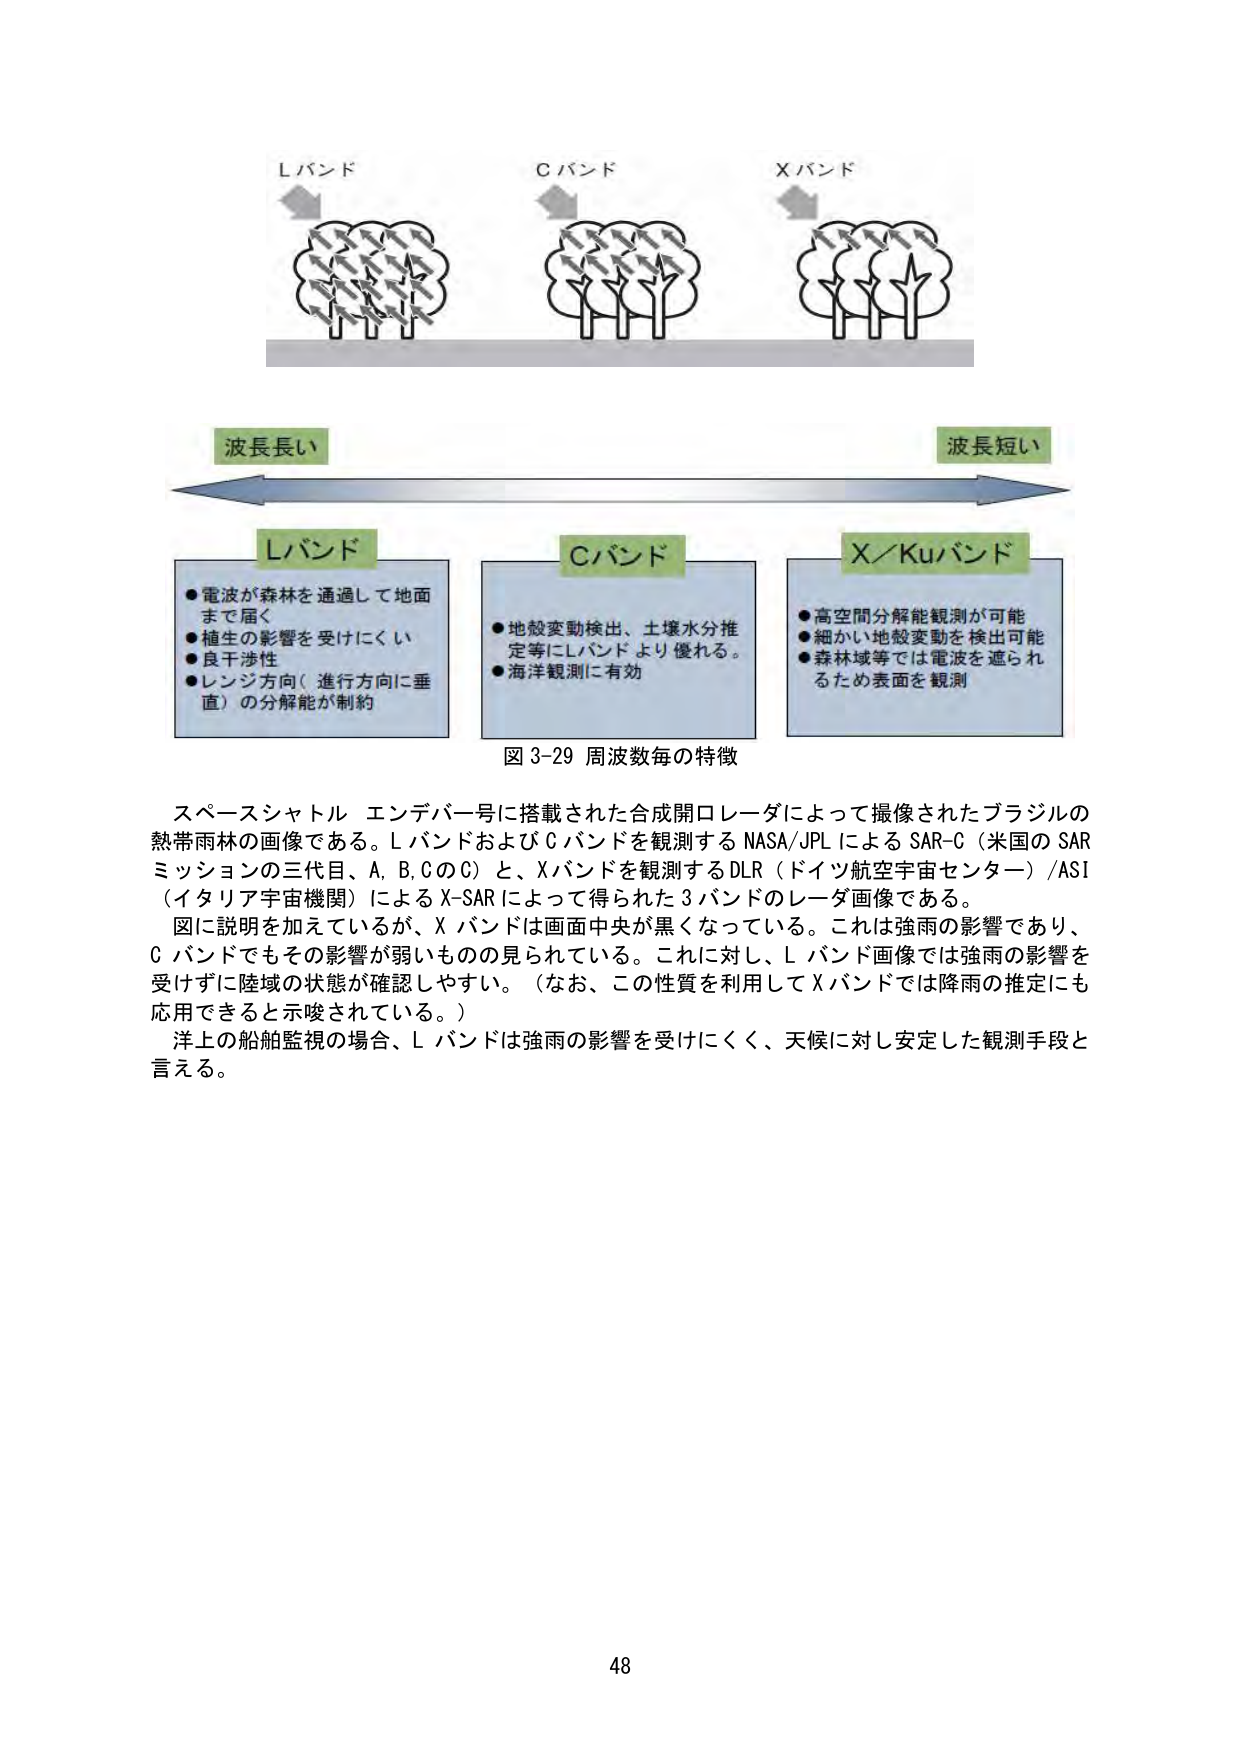
Lバンド
Cバンド
Xバンド

波長長い
波長短い

Lバンド
●電波が森林を通過して地面まで届く
●植生の影響を受けにくい
●良干渉性
●レンジ方向（進行方向に垂直）の分解能が制約

Cバンド
●地殻変動検出、土壌水分推定等にLバンドより優れる。
●海洋観測に有効

X/Kuバンド
●高空間分解能観測が可能
●細かい地殻変動を検出可能
●森林域等では電波を遮られるため表面を観測

図 3-29 周波数毎の特徴

スペースシャトル エンデバー号に搭載された合成開口レーダによって撮像されたブラジルの熱帯雨林の画像である。LバンドおよびCバンドを観測するNASA/JPLによるSAR-C（米国のSARミッションの三代目、A, B, CのC）と、Xバンドを観測するDLR（ドイツ航空宇宙センター）/ASI（イタリア宇宙機関）によるX-SARによって得られた3バンドのレーダ画像である。
図に説明を加えているが、Xバンドは画面中央が黒くなっている。これは強雨の影響であり、Cバンドでもその影響が弱いもののが見られている。これに対し、Lバンド画像では強雨の影響を受けずに陸域の状態が確認しやすい。（なお、この性質を利用してXバンドでは降雨の推定にも応用できると示唆されている。）
洋上の船舶監視の場合、Lバンドは強雨の影響を受けにくく、天候に対し安定した観測手段と言える。

48